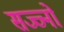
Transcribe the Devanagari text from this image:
सज्ज्नों